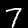
Label: 7